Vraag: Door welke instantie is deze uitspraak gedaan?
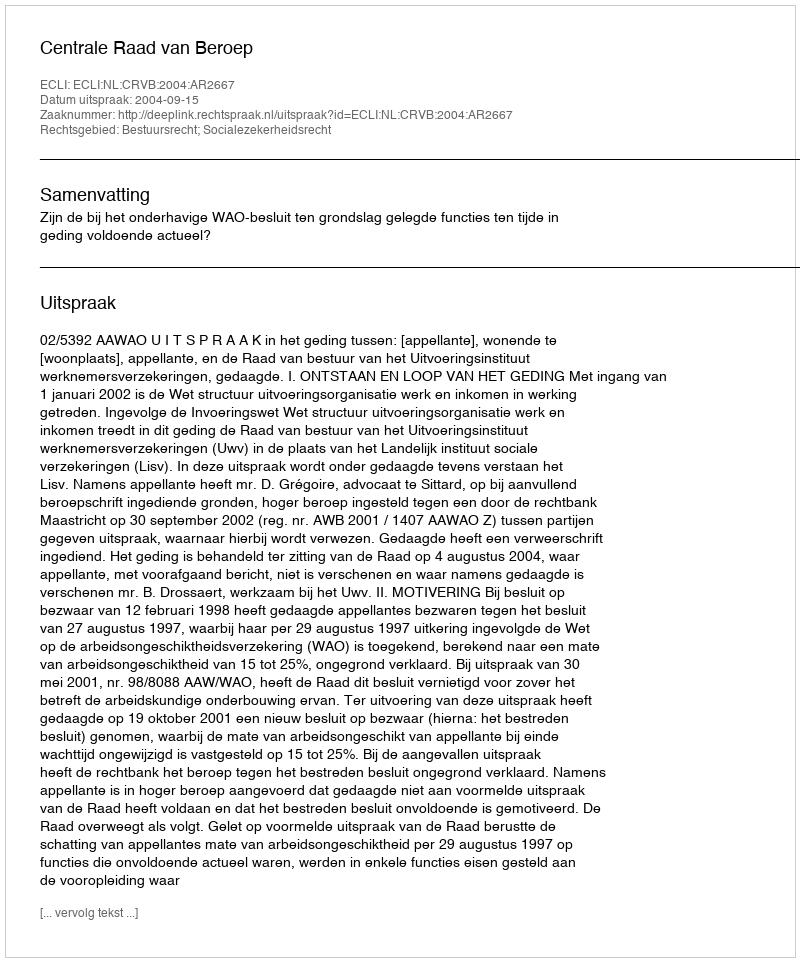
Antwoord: Centrale Raad van Beroep